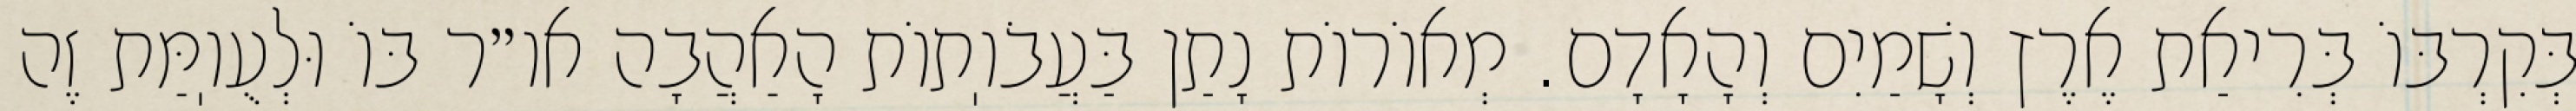
בְּקִרְבּוֹ בְּרִיאַת אֶרֶץ וְשָׁמַיִם וְהָאָדָם. מְאוֹרוֹת נָתַן בַּעֲבֹוֽתוֹת הָאַהֲבָה או״ר בּוֹ וּלְעֻוֽמַּת זֶה